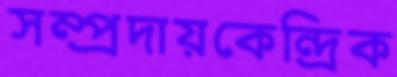
সম্প্রদায়কেন্দ্রিক